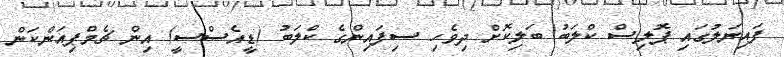
ފައިނަލުގައި ޕޮލިސް ކްލަބު ބަލިކޮށް ދިވެހި ސިފައިންގެ ކްލަބު (ޑީއެސްސީ) އިން ޗެމްޕިއަންކަން